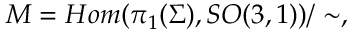
{ \cal M } = H o m ( \pi _ { 1 } ( \Sigma ) , S O ( 3 , 1 ) ) / \sim ,